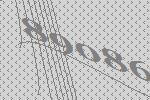
89086